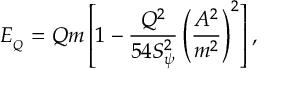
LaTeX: E _ { _ Q } = Q m \left[ 1 - \frac { Q ^ { 2 } } { 5 4 S _ { \psi } ^ { 2 } } \left( \frac { A ^ { 2 } } { m ^ { 2 } } \right) ^ { 2 } \right] ,